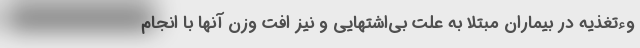
وءتغذیه در بیماران مبتلا به علت بی‌اشتهایی و نیز افت وزن آنها با انجام